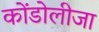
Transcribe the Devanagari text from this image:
कोंडोलीजा